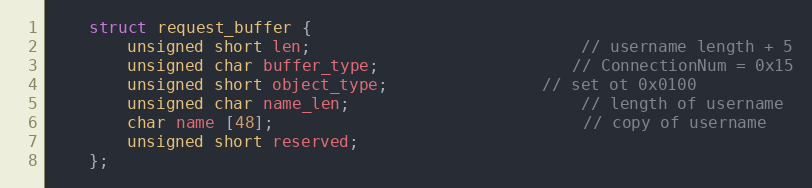
Language: C++
	struct request_buffer {
		unsigned short len;							// username length + 5
		unsigned char buffer_type;					// ConnectionNum = 0x15
		unsigned short object_type;				// set ot 0x0100
		unsigned char name_len;						// length of username
		char name [48];								// copy of username
		unsigned short reserved;
	};